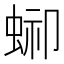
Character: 𧌞